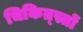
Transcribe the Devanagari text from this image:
चिकित्स्तों